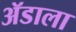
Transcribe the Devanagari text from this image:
ॲडाला